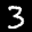
Label: 3